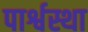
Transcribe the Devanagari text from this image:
पार्श्वस्था